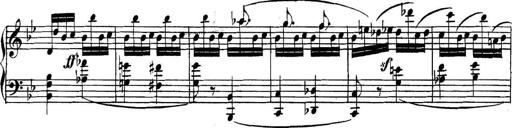
Title: Collected Piano Sonatas
Composer: Muzio Clementi